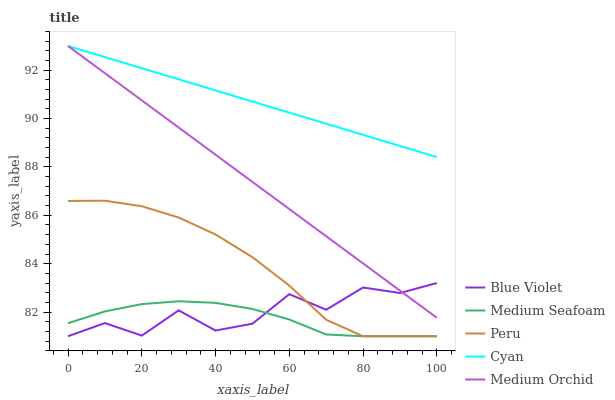
| xaxis_label | Blue Violet | Medium Seafoam | Peru | Cyan | Medium Orchid |
 | --- | --- | --- | --- | --- | --- |
 | 0 | 81 | 81.5 | 86.6 | 93 | 93 |
 | 10 | 81.5 | 82 | 86.6 | 92.5 | 91.9 |
 | 20 | 81 | 82.3 | 86.4 | 92.1 | 90.8 |
 | 30 | 82.1 | 82.4 | 85.9 | 91.6 | 89.6 |
 | 40 | 81.2 | 82.4 | 85.2 | 91.2 | 88.5 |
 | 50 | 81.5 | 82.1 | 84.3 | 90.7 | 87.4 |
 | 60 | 82.7 | 81.7 | 83.1 | 90.2 | 86.3 |
 | 70 | 82.1 | 81.1 | 81.7 | 89.8 | 85.1 |
 | 80 | 83 | 81 | 81 | 89.3 | 84 |
 | 90 | 82.8 | 81 | 81 | 88.9 | 82.9 |
 | 100 | 83.2 | 81 | 81 | 88.4 | 81.8 |